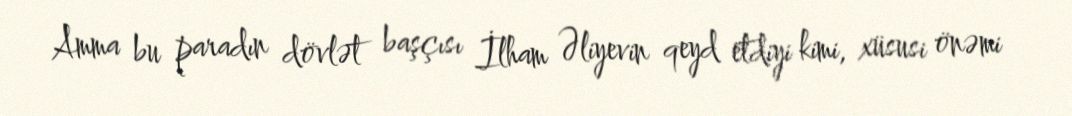
Amma bu paradın dövlət başçısı İlham Əliyevin qeyd etdiyi kimi, xüsusi önəmi